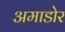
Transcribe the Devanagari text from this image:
अमाडोर